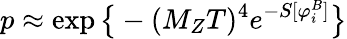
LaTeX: p\approx\exp\big\{ -(M_{Z}T)^{4}e^{-S[\varphi_{i}^{B}]}\big\}